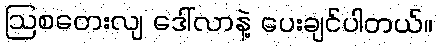
ဩစတေးလျ ဒေါ်လာနဲ့ ပေးချင်ပါတယ်။